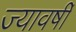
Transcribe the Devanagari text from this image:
ज्यावर्षी